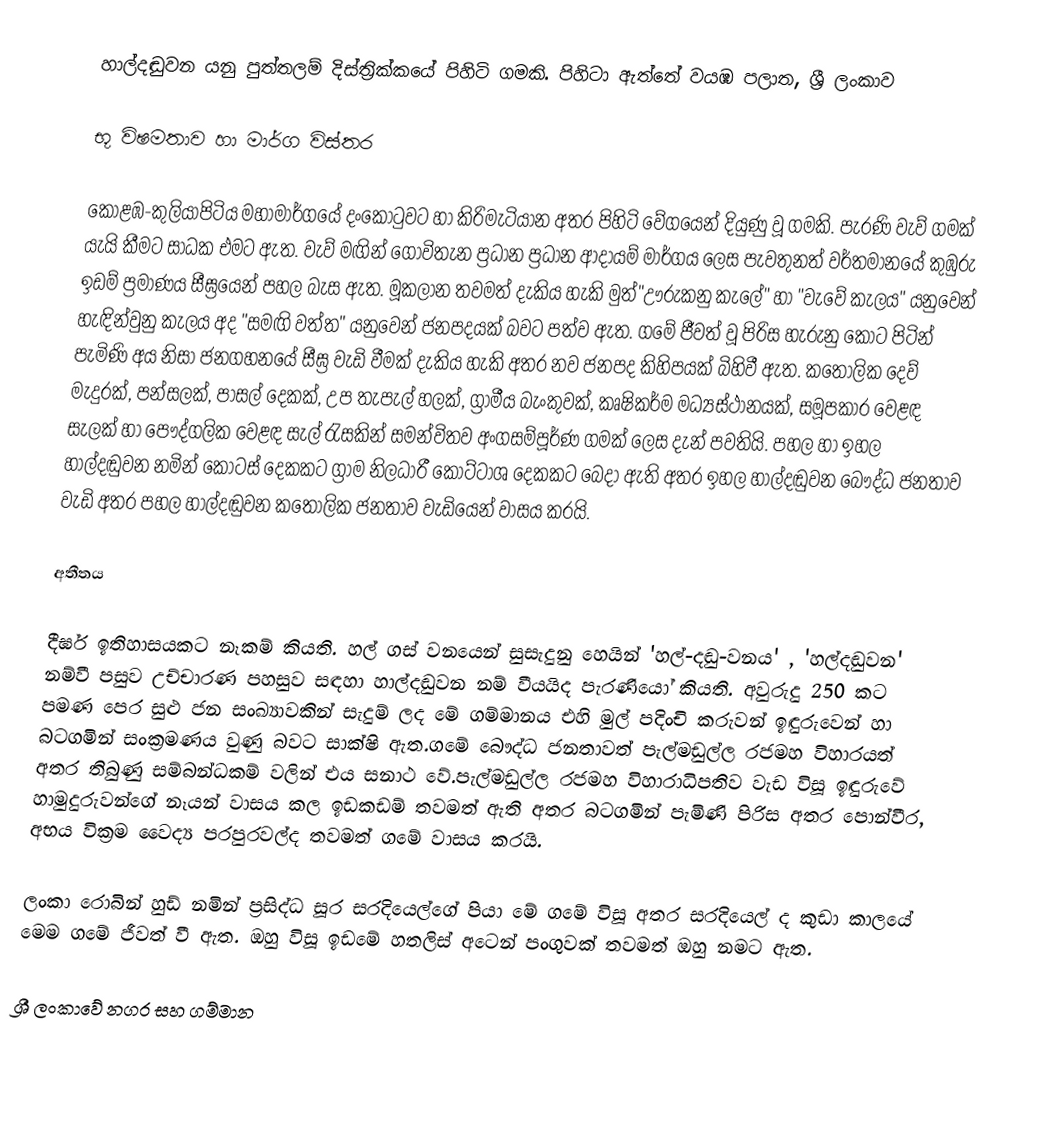
හාල්දඬුවන යනු පුත්තලම් දිස්ත්‍රික්කයේ පිහිටි ගමකි. පිහිටා ඇත්තේ වයඹ පලාත, ශ්‍රී ලංකාව

භූ විෂමතාව හා මාර්ග විස්තර

කොළඹ-කුලියාපිටිය මහාමාර්ගයේ දංකොටුවට හා කිරිමැටියාන අතර පිහිටි වේගයෙන් දියුණු වූ ගමකි. පැරණි වැව් ගමක් යැයි කීමට සාධක එමට ඇත. වැව් මඟින් ගොවිතැන ප්‍රධාන ප්‍රධාන ආදායම් මාර්ගය ලෙස පැවතුනත් වර්තමානයේ කුඹුරු ඉඩම් ප්‍රමාණය සීඝ්‍රයෙන් පහල බැස ඇත. මූකලාන තවමත් දැකිය හැකි මුත්"ඌරුකනු කැලේ" හා "වැවේ කැලය" යනුවෙන් හැඳින්වුනු කැලය අද "සමඟි වත්ත" යනුවෙන් ජනපදයක් බවට පත්ව ඇත. ගමේ ජීවත් වූ පිරිස හැරුනු කොට පිටින් පැමිණි අය නිසා ජනගහනයේ සීඝ්‍ර වැඩි වීමක් දැකිය හැකි අතර නව ජනපද කිහිපයක් බිහිවී ඇත. කතෝලික දෙව් මැදුරක්, පන්සලක්, පාසල් දෙකක්, උප තැපැල් හලක්, ග්‍රාමීය බැංකුවක්, කෘෂිකර්ම මධ්‍යස්ථානයක්, සමූපකාර වෙළඳ සැලක් හා පෞද්ගලික වෙළඳ සැල් රැසකින් සමන්විතව අංගසම්පූර්ණ ගමක් ලෙස දැන් පවතියි. පහල හා ඉහල හාල්දඬුවන නමින් කොටස් දෙකකට ග්‍රාම නිලධාරී කොට්ටාශ දෙකකට බෙදා ඇති අතර ඉහල හාල්දඬුවන බෞද්ධ ජනතාව වැඩි අතර පහල හාල්දඬුවන කතෝලික  ජනතාව වැඩියෙන් වාසය කරයි.

අතීතය

දීර්ඝ ඉතිහාසයකට නෑකම් කියති. හල් ගස් වනයෙන් සුසැදුනු හෙයින් 'හල්-දඬු-වනය' , 'හල්දඬුවන' නම්වී පසුව උච්චාරණ පහසුව සඳහා හාල්දඬුවන නම් වීයයිද පැරණියෝ කියති. අවුරුදු 250 කට පමණ පෙර සුළු ජන සංඛ්‍යාවකින් සැදුම් ලද මේ ගම්මානය එහි මුල් පදිංචි කරුවන් ඉඳුරුවෙන් හා බටගමින් සංක්‍රමණය වුණු බවට සාක්ෂි ඇත.ගමේ බෞද්ධ ජනතාවත් පැල්මඩුල්ල රජමහ විහාරයත් අතර තිබුණු සම්බන්ධකම් වලින් එය සනාථ වේ.පැල්මඩුල්ල රජමහ විහාරාධිපතිව වැඩ විසූ ඉඳුරුවේ හාමුදුරුවන්ගේ නෑයන් වාසය කල ඉඩකඩම් තවමත් ඇති අතර බටගමින් පැමිණි පිරිස අතර පොන්වීර, අභය වික්‍රම වෛද්‍ය පරපුරවල්ද තවමත් ගමේ වාසය කරයි.

ලංකා රොබින් හුඩ් නමින් ප්‍රසිද්ධ සූර සරදියෙල්ගේ පියා මේ ගමේ විසූ අතර සරදියෙල් ද කුඩා කාලයේ මෙම ගමේ ජීවත් වී ඇත. ඔහු විසූ ඉඩමේ හතලිස් අටෙන් පංගුවක් තවමත් ඔහු නමට ඇත.

ශ්‍රී ලංකාවේ නගර සහ ගම්මාන